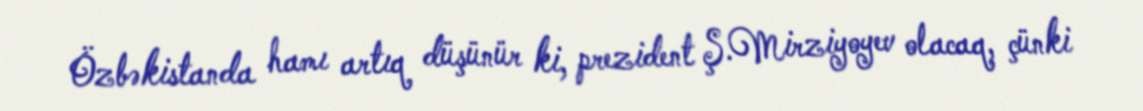
Özbəkistanda hamı artıq düşünür ki, prezident Ş.Mirziyoyev olacaq, çünki